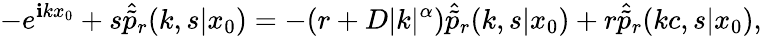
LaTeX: -e^{\mathbf{i}kx_{0}}+s\hat{{\tilde{{p}}}}_{r}(k,s|x_{0})=-(r+D|k|^{\alpha})\hat{{\tilde{{p}}}}_{r}(k,s|x_{0})+r\hat{{\tilde{{p}}}}_{r}(kc,s|x_{0}),